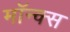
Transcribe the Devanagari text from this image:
मॉन्क्स